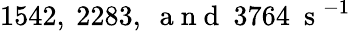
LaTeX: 1542,~2283,~\mathrm{~a~n~d~}~3764~\mathrm{~s~}^{-1}